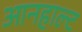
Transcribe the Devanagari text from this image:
आनहाल्ट